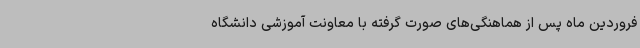
فروردین ماه پس از هماهنگی‌های صورت گرفته با معاونت آموزشی دانشگاه